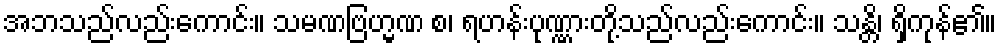
အဘသည်လည်းကောင်း။ သမဏဗြဟ္မဏ စ၊ ရဟန်းပုဏ္ဏားတို့သည်လည်းကောင်း။ သန္တိ၊ ရှိကုန်၏။